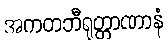
အကတဘီရုတ္တာဏာနံ